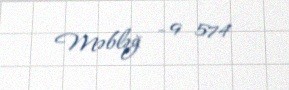
Məbləğ - 9 574